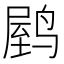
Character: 𬸟